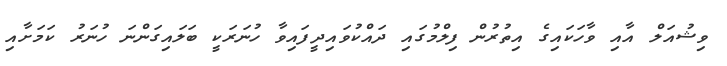
ވިޝުއަލް އާއި ވާހަކައިގެ އިތުރުން ފިލްމުގައި ދައްކުވައިދީފައިވާ ހުނަރަކީ ބަލައިގަންނަ ހުނަރު ކަމަށާއި